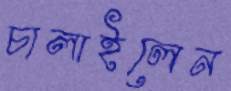
চালাইলেন